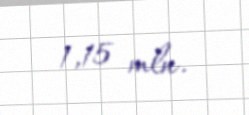
1,15 mln.